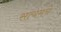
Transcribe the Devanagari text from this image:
सत्यमचे